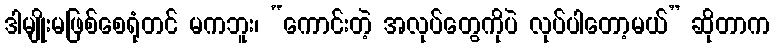
ဒါမျိုးမဖြစ်စေရုံတင် မကဘူး၊ “ကောင်းတဲ့ အလုပ်တွေကိုပဲ လုပ်ပါတော့မယ်” ဆိုတာက